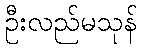
ဦးလည်မသုန်